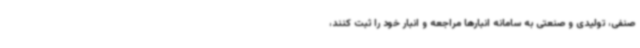
صنفی، تولیدی و صنعتی به سامانه انبارها مراجعه و انبار خود را ثبت کنند،